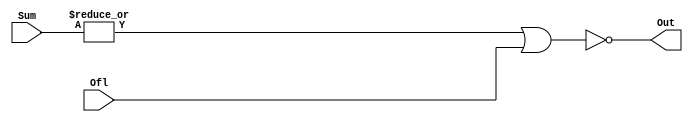
module zero_detector(Sum, Ofl, Out);

input [15:0]Sum; 
input Ofl;
output Out;

assign Out=~((|Sum)|Ofl);


endmodule